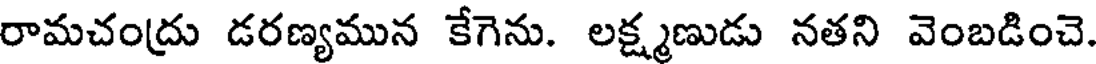
రామచంద్రు డరణ్యమున కేగెను. లక్ష్మణుడు నతని వెంబడించె.